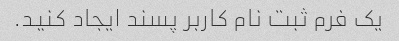
یک فرم ثبت نام کاربر پسند ایجاد کنید.